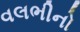
વલભીનો